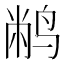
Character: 𫛮